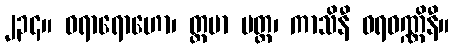
၂၃၄။ ဝရာရောဟော၊ တ္တမာ မတ္တ၊ ကာသိနီ ဝရဝဏ္ဏိနီ။